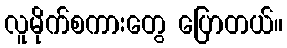
လူမိုက်စကားတွေ ပြောတယ်။